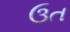
ઉત